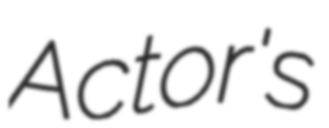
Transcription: Actor's